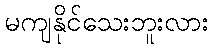
မကျနိုင်သေးဘူးလား